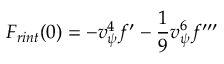
F _ { r i n t } ( 0 ) = - v _ { { \psi } } ^ { 4 } f ^ { \prime } - { \frac { 1 } { 9 } } v _ { { \psi } } ^ { 6 } f ^ { \prime \prime \prime }